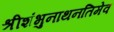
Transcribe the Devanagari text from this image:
श्रीशंभुनाथनतिमेव